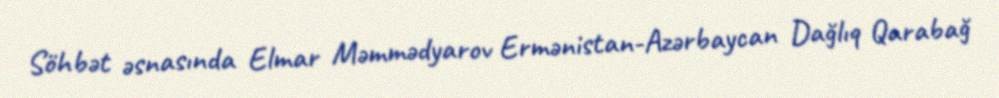
Söhbət əsnasında Elmar Məmmədyarov Ermənistan-Azərbaycan Dağlıq Qarabağ